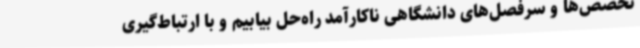
تخصص‌ها و سرفصل‌های دانشگاهی ناکارآمد راه‌حل بیابیم و با ارتباط‌گیری